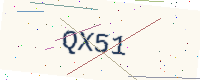
Text: QX51